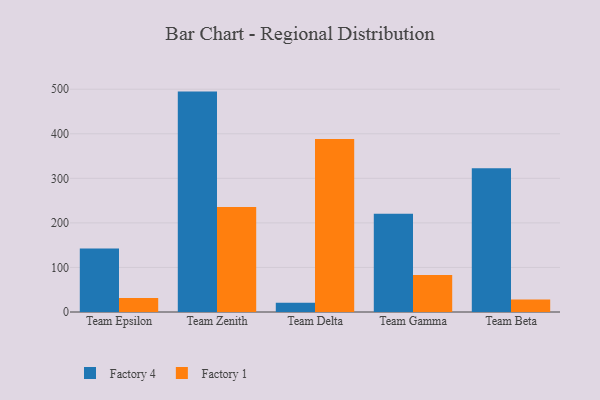
{"axis": {"x": "Team", "y": "Bounce Rate (%)"}, "legend": ["Factory 1", "Factory 4"], "data": [{"x": "Team Epsilon", "y": 142.7, "type": "Factory 4"}, {"x": "Team Epsilon", "y": 31.2, "type": "Factory 1"}, {"x": "Team Zenith", "y": 494.7, "type": "Factory 4"}, {"x": "Team Zenith", "y": 235.4, "type": "Factory 1"}, {"x": "Team Delta", "y": 21.0, "type": "Factory 4"}, {"x": "Team Delta", "y": 388.3, "type": "Factory 1"}, {"x": "Team Gamma", "y": 220.8, "type": "Factory 4"}, {"x": "Team Gamma", "y": 83.0, "type": "Factory 1"}, {"x": "Team Beta", "y": 322.7, "type": "Factory 4"}, {"x": "Team Beta", "y": 27.8, "type": "Factory 1"}]}